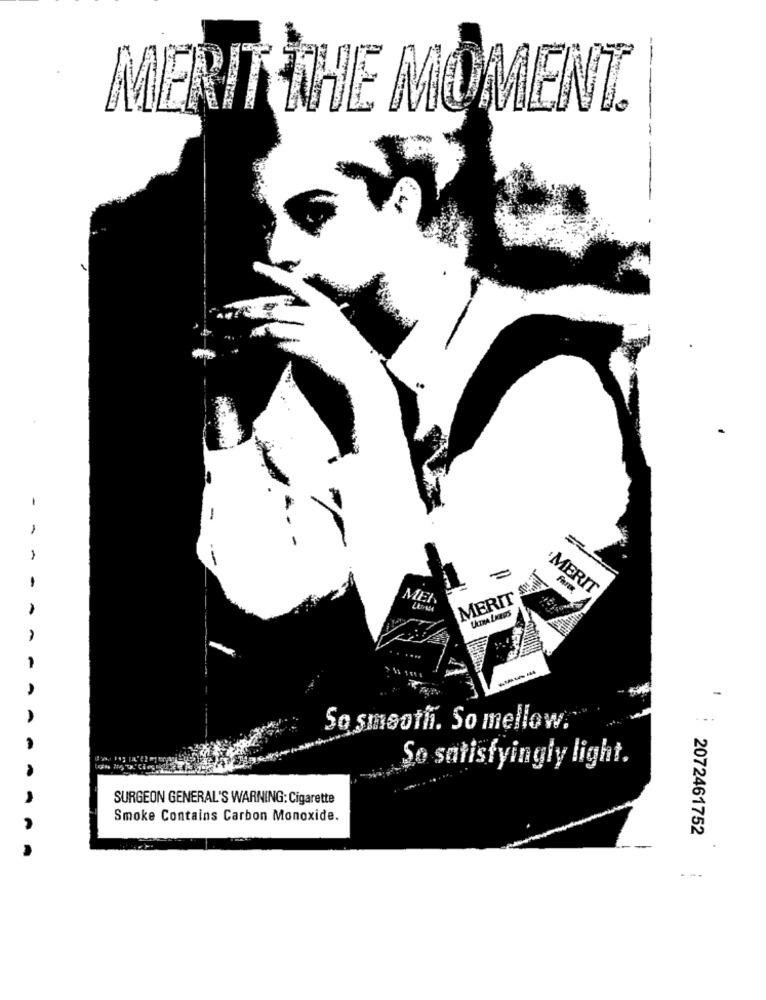
MERIT THE MOMENT.
-
=
-
MERIT
MEL
MERIT
ULTRA LKER'S
1
-
A
So smooth. So mellow."
-
Se satisfyingly light.
SURGEON GENERAL'S WARNING: Cigarette
Smoke Contains Carbon Monoxide.
2072461752